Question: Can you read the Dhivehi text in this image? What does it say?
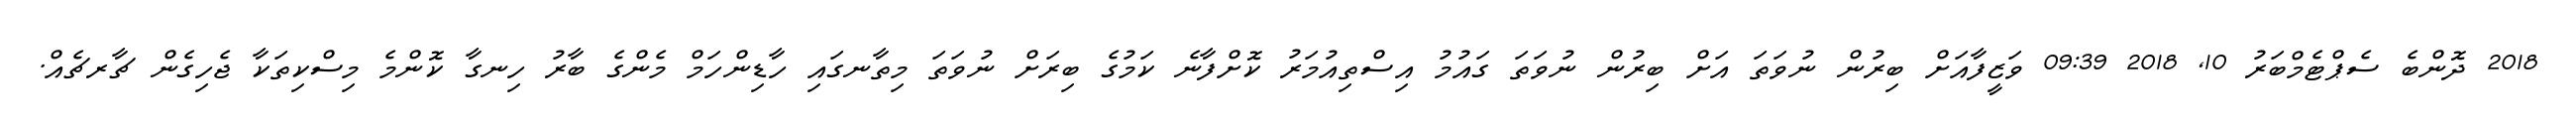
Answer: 2018 ދޮންބެ ސެޕްޓެމްބަރު 10, 2018 09:39 ވަޒީފާއަށް ބިރުން ނުވަތަ އަށް ބިރުން ނުވަތަ ގައުމު އިސްތިއުމަރު ކޮށްފާނެ ކަމުގެ ބިރަށް ނުވަތަ މިތާނގައި ހާޑިންހަމް މެންގެ ބާރު ހިނގާ ކޮންމެ މިސްކިތަކާ ޖެހިގެން ޗާރޗެއް.